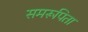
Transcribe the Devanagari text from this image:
समरूपिता